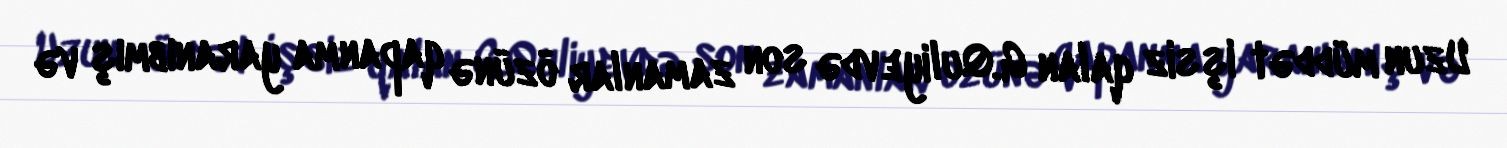
Uzun müddət işsiz qalan G.Quliyevdə son zamanlar özünə qapanma yaranıbmış və